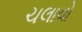
ચલાવો